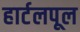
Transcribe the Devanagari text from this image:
हार्टलपूल